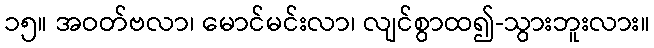
၁၅။ အဝတ်ဗလာ၊ မောင်မင်းလာ၊ လျင်စွာထ၍-သွားဘူးလား။